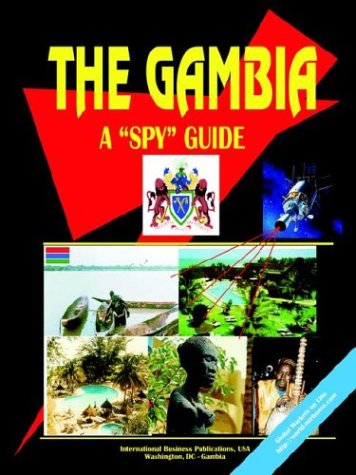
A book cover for Gambia A Spy Guide; Ibp Usa; Travel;